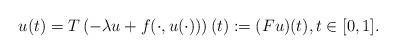
LaTeX: \begin{align*}u(t)=T\left(-\lambda u+f(\cdot,u(\cdot))\right)(t):=(Fu)(t),t\in [0,1].\end{align*}